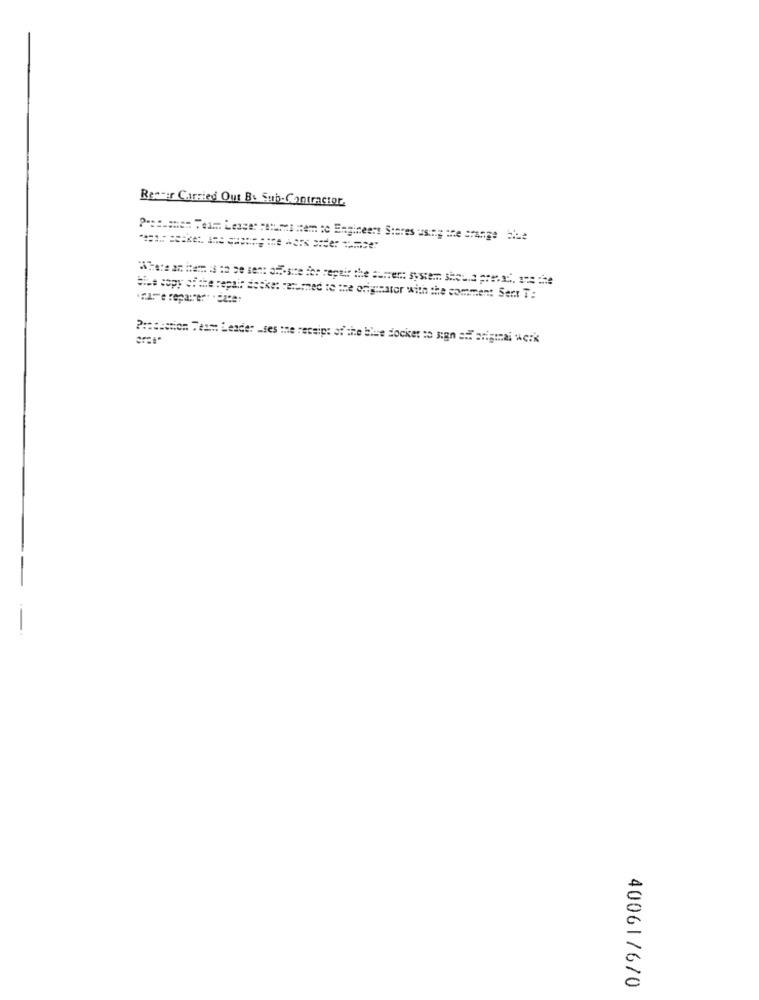
Rester Carried Out B& Sub-Contractor
P =::. men Team Lease cetums item so Engineers Stores using the grange bue
tive copy of the repair doske: returned to the originator with the comment Sert T:
""A" repa:"er" " date:
Precistion Team Leader -ses the receipt of the blue docket to sign off original Acik
40061/670